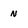
Character: n